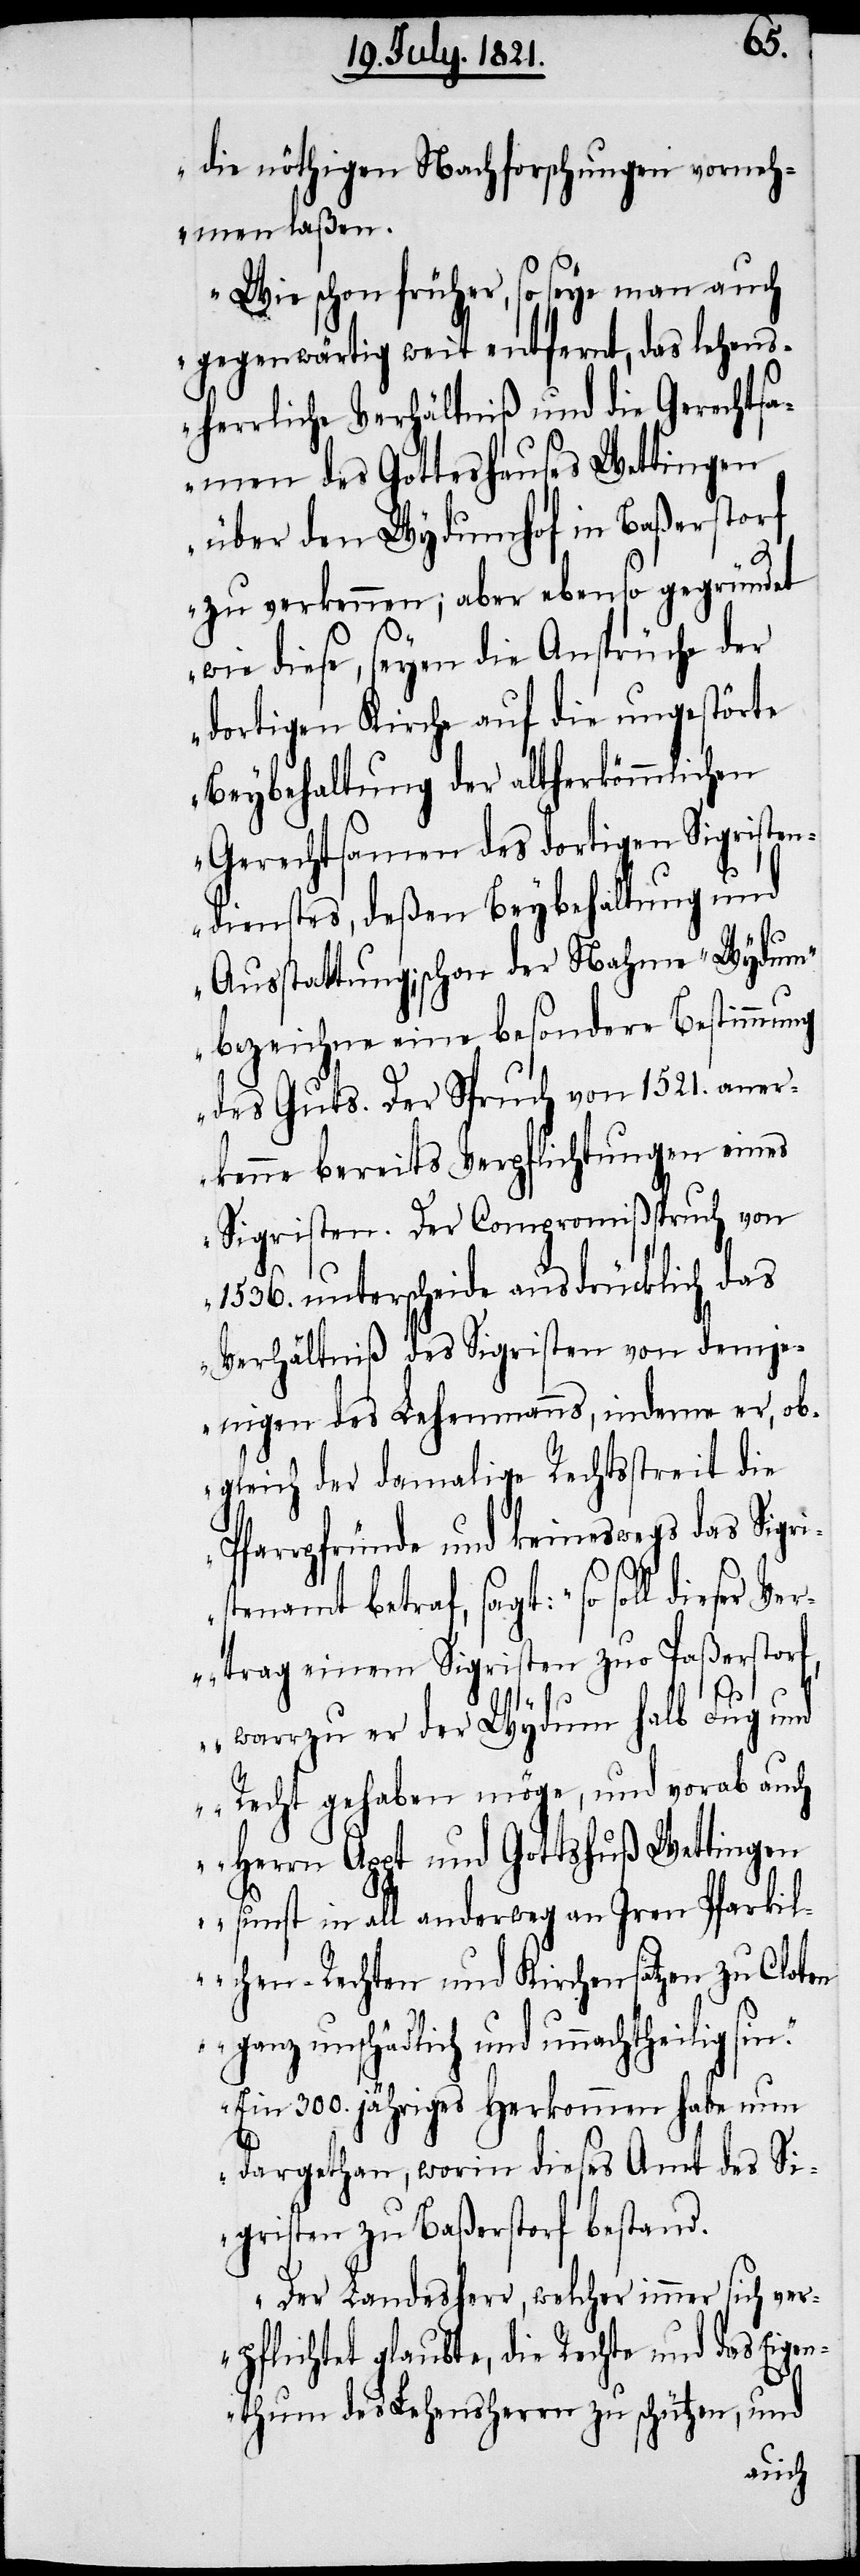
die nöthigen Nachforschungen vorneh¬
men laßen.
Wie schon früher, so seye man auch
gegenwärtig weit entfernt, das lehens¬
herrliche Verhältniß und die Gerechtsam¬
en des Gotteshauses Wettingen
über den Wydumhof in Baßerstorf
zu verkennen; aber ebenso gegründet
wie diese, seyen die Ansprüche der
dortigen Kirche auf die ungestörte
Beybehaltung der altherkömmlichen
Gerechtsamen des dortigen Sigristen¬
dienstes, deßen Beybehaltung und
Ausstattung; schon der Nahme ‚Wydum‘
bezeichne eine besondere Bestimmung
des Guts. Der Spruch von 1521. aner¬
kenne bereits Verpflichtungen eines
Sigristen. Der Compromißspruch von
1536. unterscheide ausdrücklich das
Verhältniß des Sigristen von demje¬
nigen des Lehenmanns, indeme er, ob¬
gleich der damalige Rechtsstreit die
Pfarrpfründe und keineswegs das Sigri¬
stenamt betraf, sagt: ‚so soll dieser
Vertrag einem Sigristen zuo Paßerstorf,
n.‘
warrzu er der Wydum halb Fug und
Recht gehaben möge, und vorab auch
Herrn Appt und Gottshuß Wettingen
sunst in all anderweg an Iren Pfarkil¬
chen-Rechten und Kirchensätzen zu Cloten
ganz unschädlich und unnachtheilig si¬
Ein 300. jähriges Herkommen habe nun
dargethan, worin dieses Amt des Si¬
gristen zu Baßerstorf bestand.
Der Landesherr, welcher immer sich ver¬
pflichtet glaubte, die Rechte und das Eigen¬
thum des Lehensherrn zu schützen, und